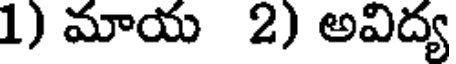
1) మాయ 2) అవిద్య